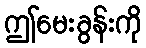
ဤမေးခွန်းကို